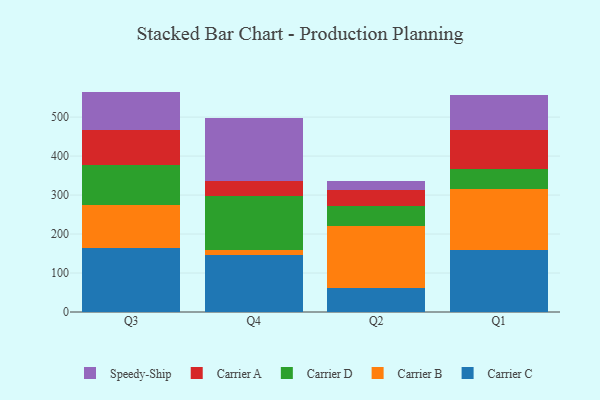
{"axis": {"x": "Quarter", "y": "Active Users"}, "legend": ["Carrier A", "Carrier B", "Carrier C", "Carrier D", "Speedy-Ship"], "data": [{"x": "Q3", "y": 164.5, "type": "Carrier C"}, {"x": "Q3", "y": 109.8, "type": "Carrier B"}, {"x": "Q3", "y": 103.7, "type": "Carrier D"}, {"x": "Q3", "y": 88.9, "type": "Carrier A"}, {"x": "Q3", "y": 98.5, "type": "Speedy-Ship"}, {"x": "Q4", "y": 145.8, "type": "Carrier C"}, {"x": "Q4", "y": 12.6, "type": "Carrier B"}, {"x": "Q4", "y": 140.4, "type": "Carrier D"}, {"x": "Q4", "y": 37.1, "type": "Carrier A"}, {"x": "Q4", "y": 162.7, "type": "Speedy-Ship"}, {"x": "Q2", "y": 60.9, "type": "Carrier C"}, {"x": "Q2", "y": 161.0, "type": "Carrier B"}, {"x": "Q2", "y": 50.4, "type": "Carrier D"}, {"x": "Q2", "y": 40.8, "type": "Carrier A"}, {"x": "Q2", "y": 24.1, "type": "Speedy-Ship"}, {"x": "Q1", "y": 157.9, "type": "Carrier C"}, {"x": "Q1", "y": 157.3, "type": "Carrier B"}, {"x": "Q1", "y": 52.2, "type": "Carrier D"}, {"x": "Q1", "y": 100.4, "type": "Carrier A"}, {"x": "Q1", "y": 87.7, "type": "Speedy-Ship"}]}